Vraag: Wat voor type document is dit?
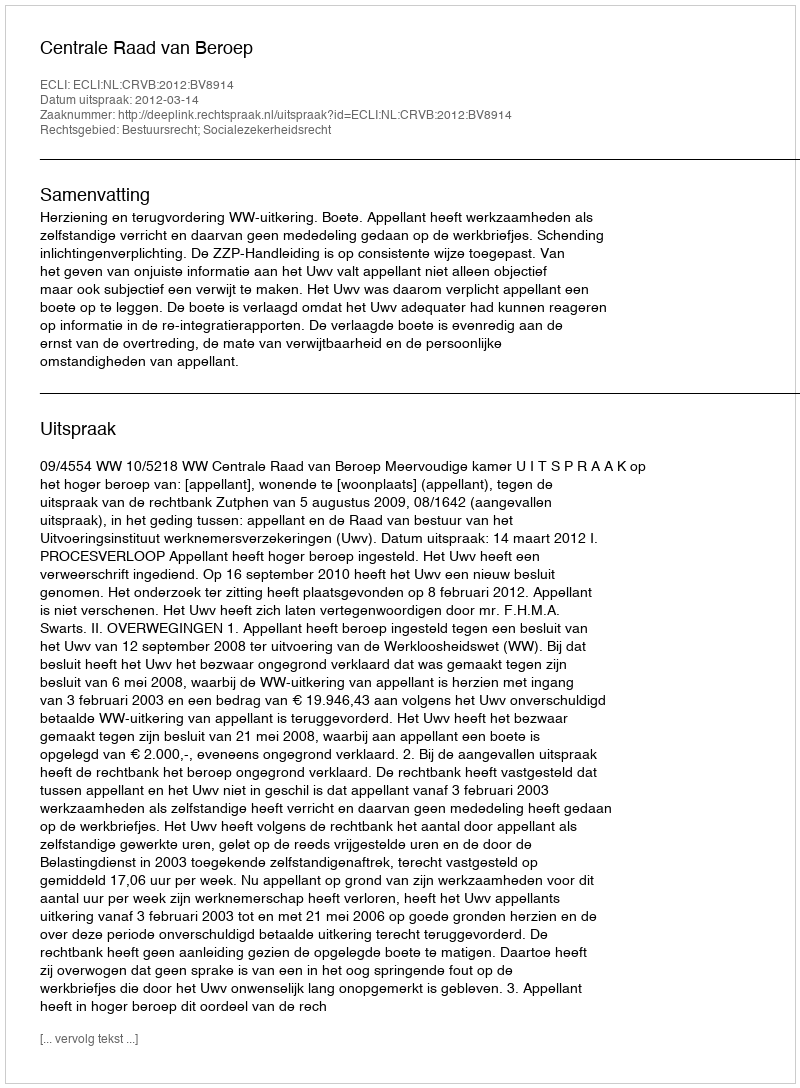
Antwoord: Uitspraak